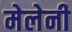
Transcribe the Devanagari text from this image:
मेलेनी